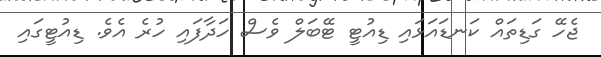
ޖެހޭ ގަޑިތައް ކަނޑައަޅައި ޑިއުޓީ ޓޭބަލް ވެސް ހަދާފައި ހުރެ އެވެ. ޑިއުޓީގައި